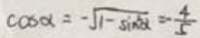
\cos \alpha = - \sqrt { 1 - \sin ^ { 2 } \alpha } = - \frac { 4 } { 5 }